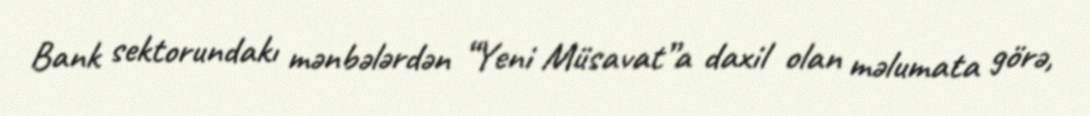
Bank sektorundakı mənbələrdən “Yeni Müsavat”a daxil olan məlumata görə,